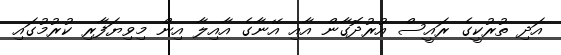
އަދި ތުރުކީގެ ރައީސް އުރުދޮގާން އާއި އޭނާގެ އާއިލާ އިން މިވިޔަފާރި ކުރުމުގައި